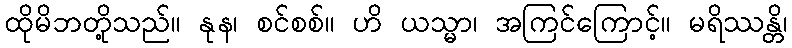
ထိုမိဘတို့သည်။ နုန၊ စင်စစ်။ ဟိ ယသ္မာ၊ အကြင်ကြောင့်။ မရိဿန္တိ၊